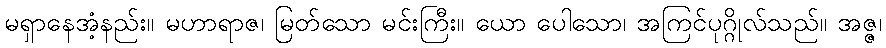
မရှာနေအံ့နည်း။ မဟာရာဇ၊ မြတ်သော မင်းကြီး။ ယော ပေါသော၊ အကြင်ပုဂ္ဂိုလ်သည်။ အဇ္ဇ၊